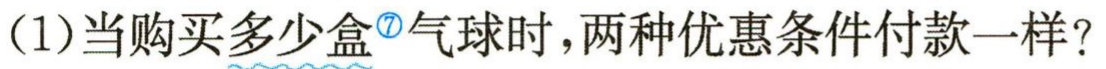
(1)当购买多少盒 气球时，两种优惠条件付款一样？